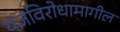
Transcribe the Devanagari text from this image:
यज्ञविरोधामागील